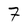
Character: 7